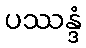
ပဿန္ဒံ